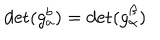
\det ( g _ { a } ^ { b } ) = \det ( g _ { \alpha } ^ { \beta } )